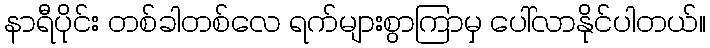
နာရီပိုင်း တစ်ခါတစ်လေ ရက်များစွာကြာမှ ပေါ်လာနိုင်ပါတယ်။